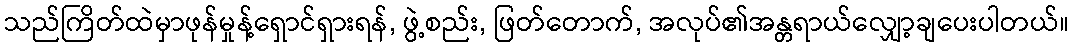
သည်ကြိတ်ထဲမှာဖုန်မှုန့်ရှောင်ရှားရန်, ဖွဲ့စည်း, ဖြတ်တောက်, အလုပ်၏အန္တရာယ်လျှော့ချပေးပါတယ်။